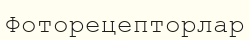
Фоторецепторлар